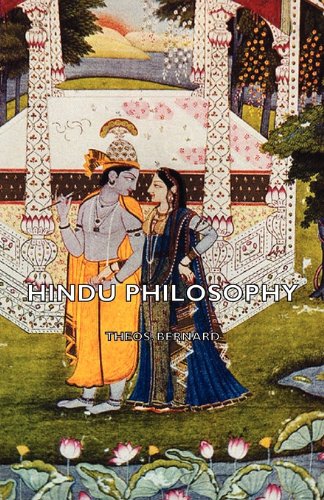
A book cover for Hindu Philosophy; Theos Bernard; Religion & Spirituality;